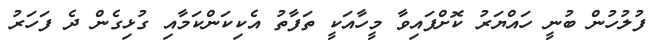
ފުލުހުން ބުނީ ހައްޔަރު ކޮށްފައިވާ މީހާއަކީ ތަފާތު އެކިކަންކަމާއި ގުޅިގެން ދެ ފަހަރު